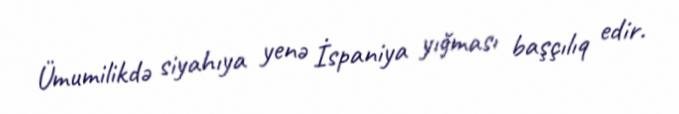
Ümumilikdə siyahıya yenə İspaniya yığması başçılıq edir.